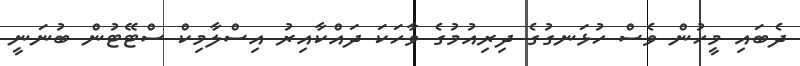
ދެބައި މީހުން ވެސް ހުޅަނގުގެ ދިރިއުމުގެ ވާހަކަ ދައްކާއިރު އިސްލާމިކް ސްޓޭޓުން ބުނަނީ